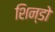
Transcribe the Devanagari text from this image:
शिन्डो